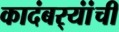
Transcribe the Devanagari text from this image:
कादंबर्‍यांंची